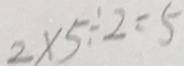
2 \times 5 \div 2 = 5